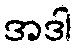
အဒါ